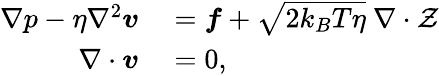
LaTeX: \begin{array}{rl}{\nabla p-\eta\nabla^{2}\boldsymbol{v}}&{{}=\boldsymbol{f}+\sqrt{2k_{B}T\eta}~\nabla\cdot\mathcal{Z}}\\ {\nabla\cdot\boldsymbol{v}}&{{}=0,}\end{array}